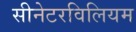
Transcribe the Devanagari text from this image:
सीनेटरविलियम